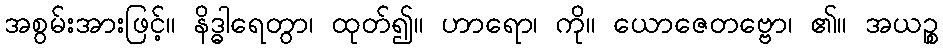
အစွမ်းအားဖြင့်။ နိဒ္ဓါရေတွာ၊ ထုတ်၍။ ဟာရော၊ ကို။ ယောဇေတဗ္ဗော၊ ၏။ အယဉ္စ